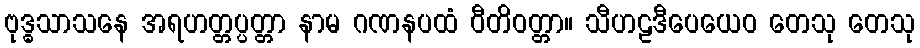
ဗုဒ္ဓသာသနေ အရဟတ္တပ္ပတ္တာ နာမ ဂဏနပထံ ဝီတိဝတ္တာ။ သီဟဠဒီပေယေဝ တေသု တေသု